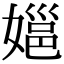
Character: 㜉